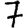
Digit: 7